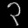
Digit: ၃